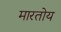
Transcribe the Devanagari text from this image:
मारतोय